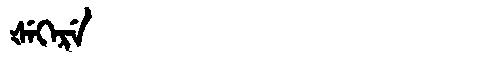
Manchu: ᡧᡝᡴᡝᡵᡝ
Romanization: ŠEKERE